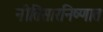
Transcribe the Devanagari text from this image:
नीतिसारनिष्णात